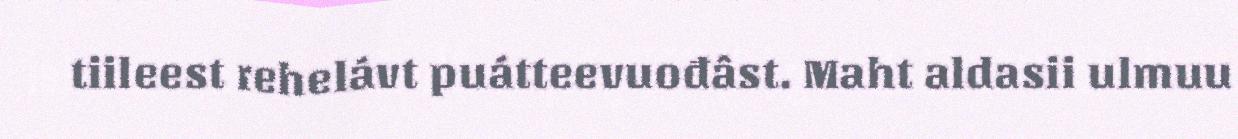
tiileest rehelávt puátteevuođâst. Maht aldasii ulmuu